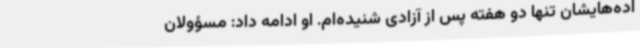
اده‌هایشان تنها دو هفته پس از آزادی شنیده‌ام. او ادامه داد: مسؤولان